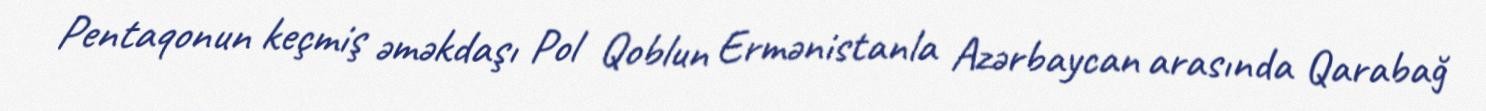
Pentaqonun keçmiş əməkdaşı Pol Qoblun Ermənistanla Azərbaycan arasında Qarabağ